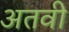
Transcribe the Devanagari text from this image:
अतवी